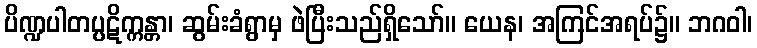
ပိဏ္ဍပါတပ္ပဋိက္ကန္တာ၊ ဆွမ်းခံရွာမှ ဖဲပြီးသည်ရှိသော်။ ယေန၊ အကြင်အရပ်၌။ ဘဂဝါ၊